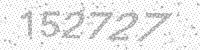
Solution: 152727